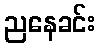
ညနေခင်း